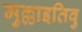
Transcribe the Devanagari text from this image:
मुल्लाइतिवु